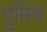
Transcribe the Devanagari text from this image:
पुनिथ